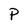
Character: P